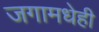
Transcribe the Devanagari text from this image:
जगामधेही